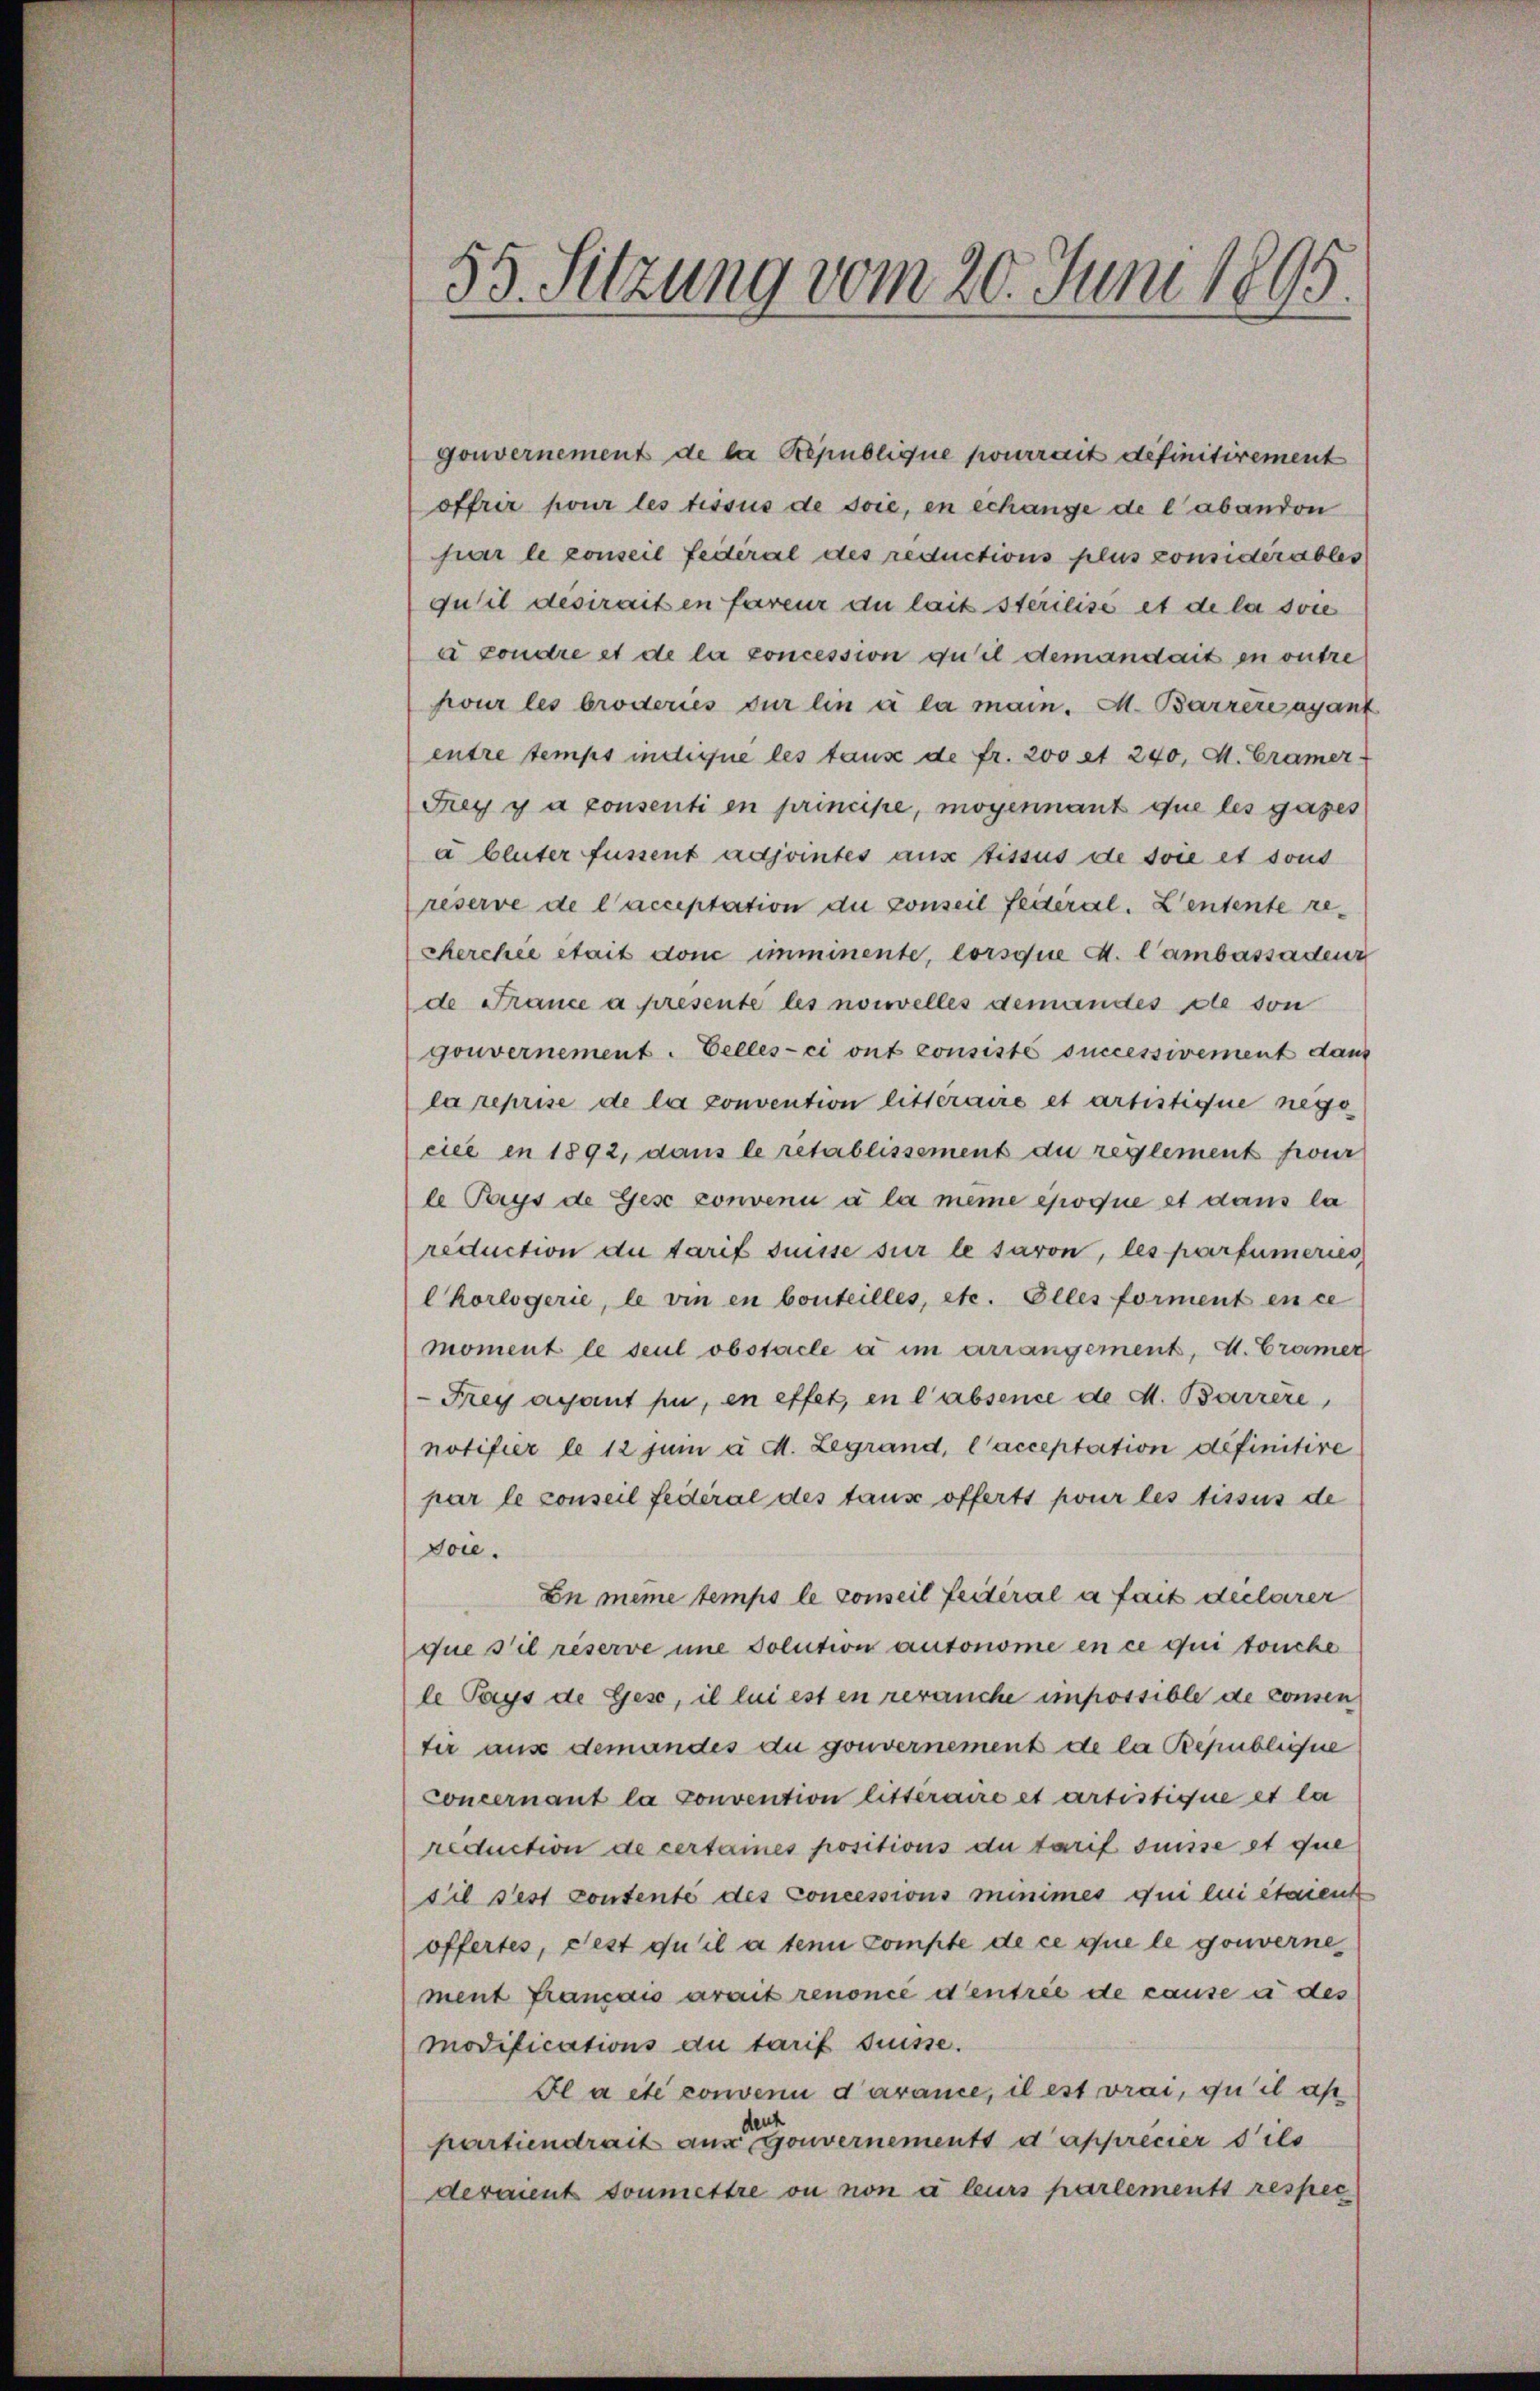
s
3. Sitzung vom 20. Juni 1895.

gouvernement de la Republique pourrait definitivement
offrir pour les tissus de soie, en echange de l’abandon
par le conseil Federal des reductions plus considérables
Juhil desirait en faveur du lait sterilise et de la soie
à condre et de la concession qu’il demandait en outre
pour les broderies für lin à la main. M. Barrers ayant
entre temps indique les taus de fr. 200 et 240, M. Cramer
Frey y a consenti en principe, mogennant que les gases
a bluter fussent adjointes aus fissus de soie et sons
reserve de l’acceptation du conseil Federal. Lentente re¬
Kerchée était donc imminente, lorsque d. Cambassaden
de France a presente les nouvelles demandes die von
gouvernement. Celles-ci ont consisté successivement dan
la reprise de la convention litteraire et artistique nego
cier in 1892, dans le retablissement du reglement four
le Pays de Gese convenu à la meine epoque et dans la
reduction de tarif Suisse sur le savon, les parfumeries
lKorlogerie, le vin en bouteilles, etc. Elles forment en ce
moment le seul obstacle a im arrangement, d. Cramer
Frey ayant zu, en effet, en l'absence de M. Barrere
notifier le 12 Juni à d. Legrand, l’acceptation definitire
par le conseil fédéral des tause offerts pour les tissus de
voie.
En meine temps le conseil Leiteral a fait declarer
que s’il réserve une solution autonome en ce qui touche
le Pays de Gese, il lui est en rerauche impossible de consen
ter aus demandes du gouvernement de la Republiche
concernant la convention litteraire et artistique et la
reduction de certames positions du tarif dense et que
sil fest contente des Concessions minimes die lui étaient
offertes, fest qu’il a ten compte de ce que le gouverne
ment Francais arait renonce d’entrée de cause à des
modifications du tarif frisse.
Fl a été convenu d’avance, il est vrai, qu’il ap
partiendrait aus Gouvernements d apprecier dies
derment soumettre ou non à leurs partements respec